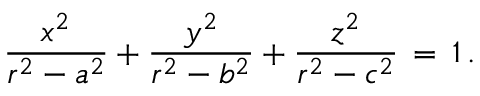
{ \frac { x ^ { 2 } } { r ^ { 2 } - a ^ { 2 } } } + { \frac { y ^ { 2 } } { r ^ { 2 } - b ^ { 2 } } } + { \frac { z ^ { 2 } } { r ^ { 2 } - c ^ { 2 } } } \, = \, 1 \, .